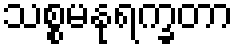
သစ္စမနုရက္ခတာ